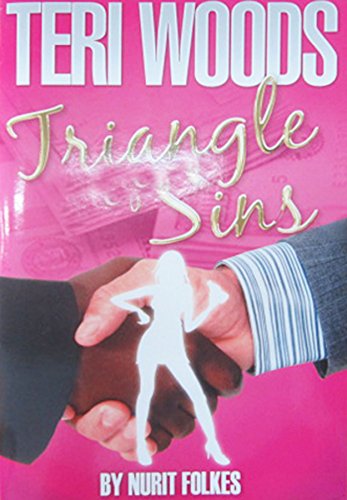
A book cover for Triangle of Sins; Nurit Folkes; Parenting & Relationships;